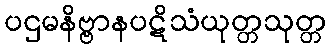
ပဌမနိဗ္ဗာနပဋိသံယုတ္တသုတ္တ